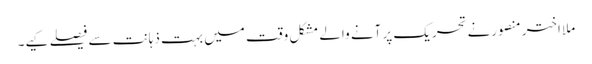
ملا اختر منصورنے تحریک پر آنے والے مشکل وقت میں بہت ذہانت سے فیصلے کیے۔